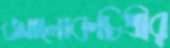
আলোকচিত্রীর